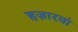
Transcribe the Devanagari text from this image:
हज़ारवां